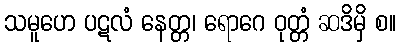
သမူဟေ ပဋလံ နေတ္တ၊ ရောဂေ ဝုတ္တံ ဆဒိမှိ စ။